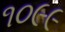
૧૦૯૯